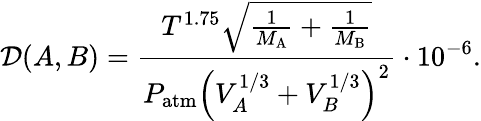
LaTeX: \mathcal{D}(A,B)=\frac{T^{1.75}\sqrt{\frac{1}{M_{\mathrm{A}}}+\frac{1}{M_{\mathrm{B}}}}}{P_{\mathrm{atm}}\left(V_{A}^{1/3}+V_{B}^{1/3}\right)^{2}}\cdot 10^{-6}.